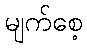
မျက်စေ့